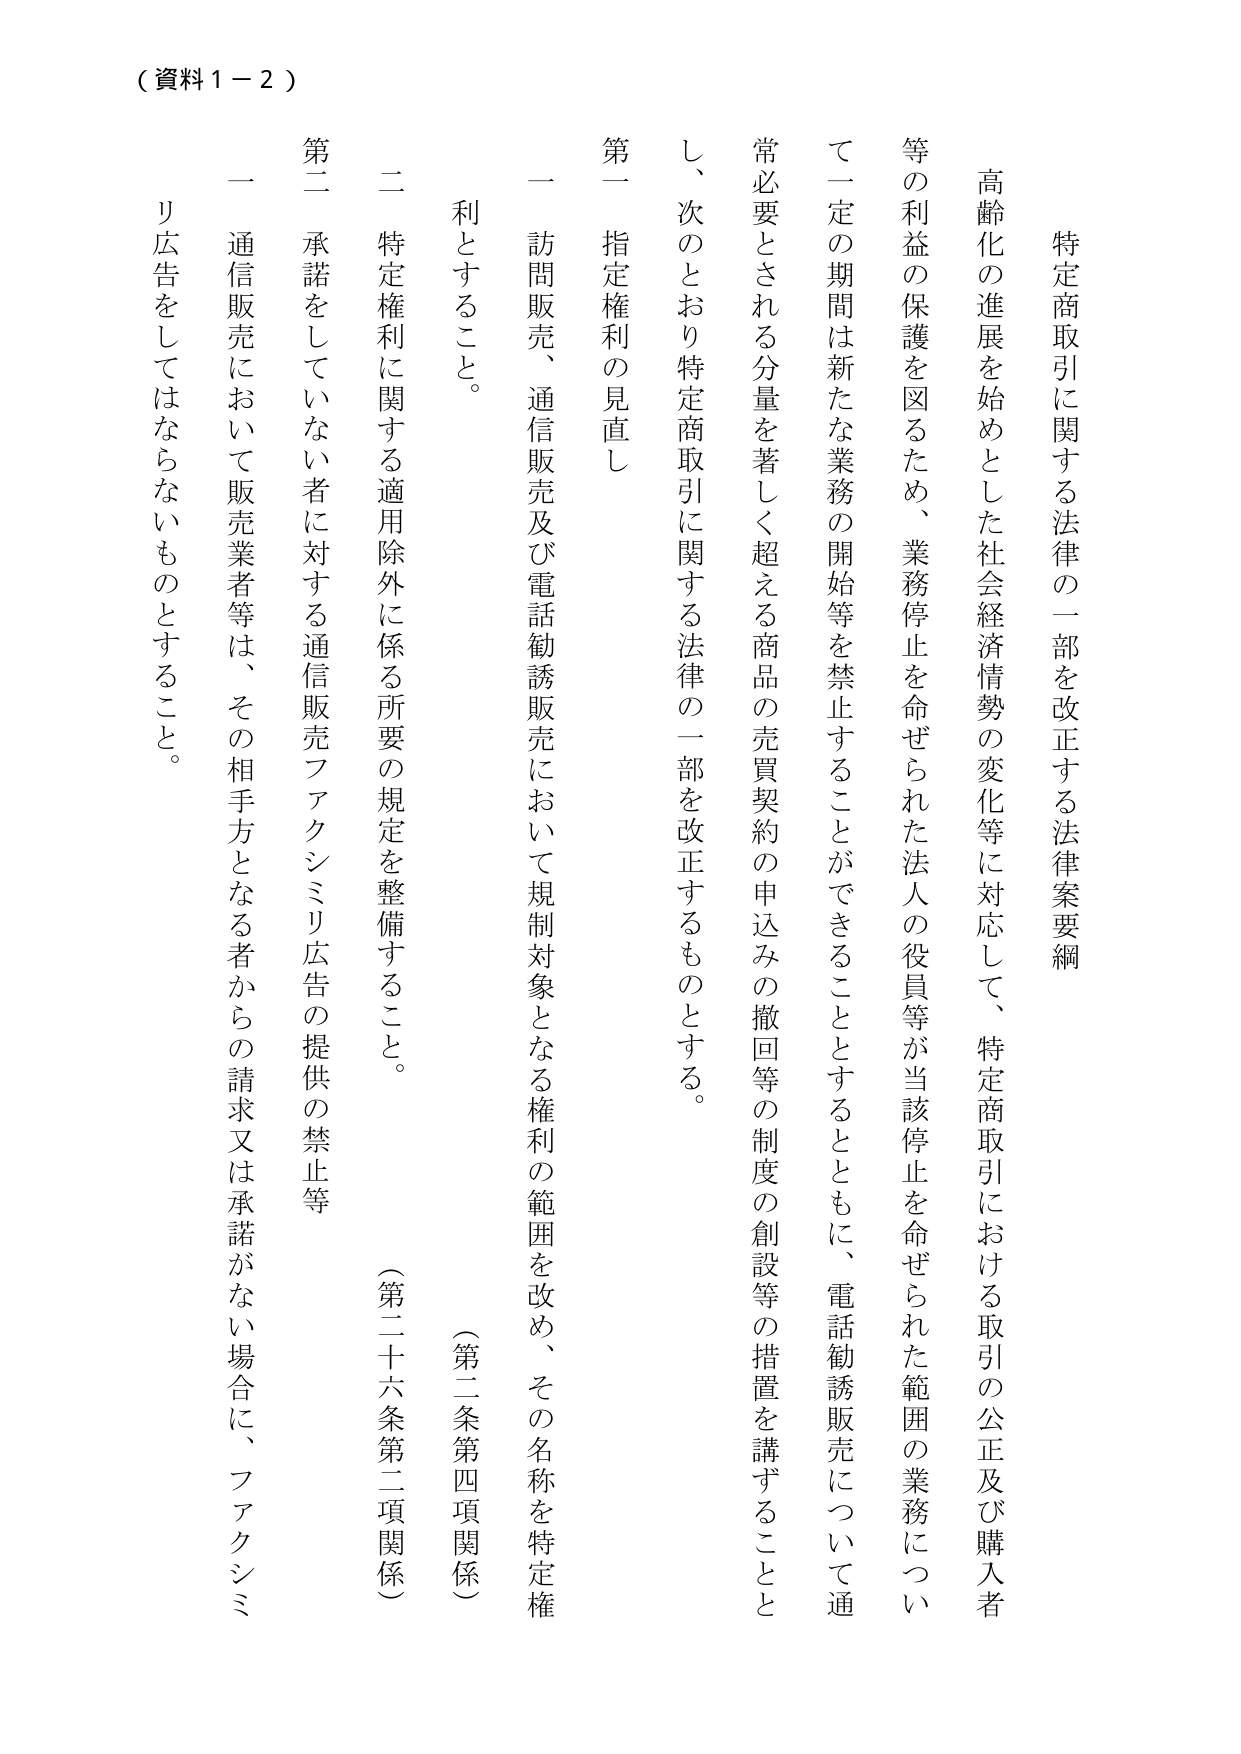
（資料１－２）

特定商取引に関する法律の一部を改正する法律案要綱

高齢化の進展を始めとした社会経済情勢の変化等に対応して、特定商取引における取引の公正及び購入者等の利益の保護を図るため、業務停止を命ぜられた法人の役員等が当該停止を命ぜられた範囲の業務について一定の期間は新たな業務の開始等を禁止することができる thing とともに、電話勧誘販売について通常必要とされる分量を著しく超える商品の売買契約の申込みの撤回等の制度の創設等の措置を講ずることとし、次のとおり特定商取引に関する法律の一部を改正するものとする。

第一 指定権利の見直し

一 訪問販売、通信販売及び電話勧誘販売において規制対象となる権利の範囲を改め、その名称を特定権利とすること。

（第二条第四項関係）

二 特定権利に関する適用除外に係る所要の規定を整備すること。

（第二十六条第二項関係）

第二 承諾をしていない者に対する通信販売ファクシミリ広告の提供の禁止等

一 通信販売において販売業者等は、その相手方となる者からの請求又は承諾がない場合に、ファクシミリ広告をしてはならないものとすること。